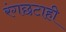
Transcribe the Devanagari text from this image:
रंगछटाही